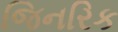
જિનરિક